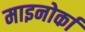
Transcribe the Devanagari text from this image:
माइनोर्का